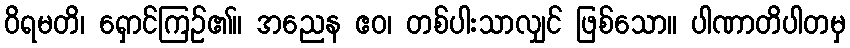
ဝိရမတိ၊ ရှောင်ကြဉ်၏။ အညေန ဧဝ၊ တစ်ပါးသာလျှင် ဖြစ်သော။ ပါဏာတိပါတမှ